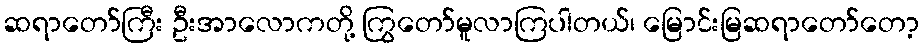
ဆရာတော်ကြီး ဦးအာလောကတို့ ကြွတော်မူလာကြပါတယ်၊ မြောင်းမြဆရာတော်တော့